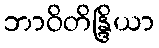
ဘာဝိတိန္ဒြိယာ